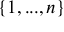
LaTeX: \{ 1 , . . . , n \}